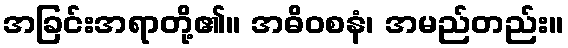
အခြင်းအရာတို့၏။ အဓိဝစနံ၊ အမည်တည်း။